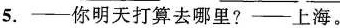
5.——你明天打算去哪里?——上海。